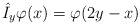
\begin{align*}\hat{I}_{y}\varphi (x)=\varphi (2y-x) \end{align*}